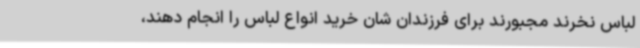
لباس نخرند مجبورند برای فرزندان شان خرید انواع لباس را انجام دهند،